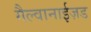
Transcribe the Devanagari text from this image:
गैल्वानाईज़ड